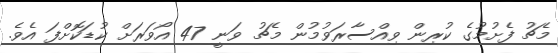
މެޗު ފެށުމުގެ ކުރިން ވިއްސާރަވުމުން މެޗު ވަނީ 47 އޯވަރަށް ކުޑަކޮށްފަ އެވެ.